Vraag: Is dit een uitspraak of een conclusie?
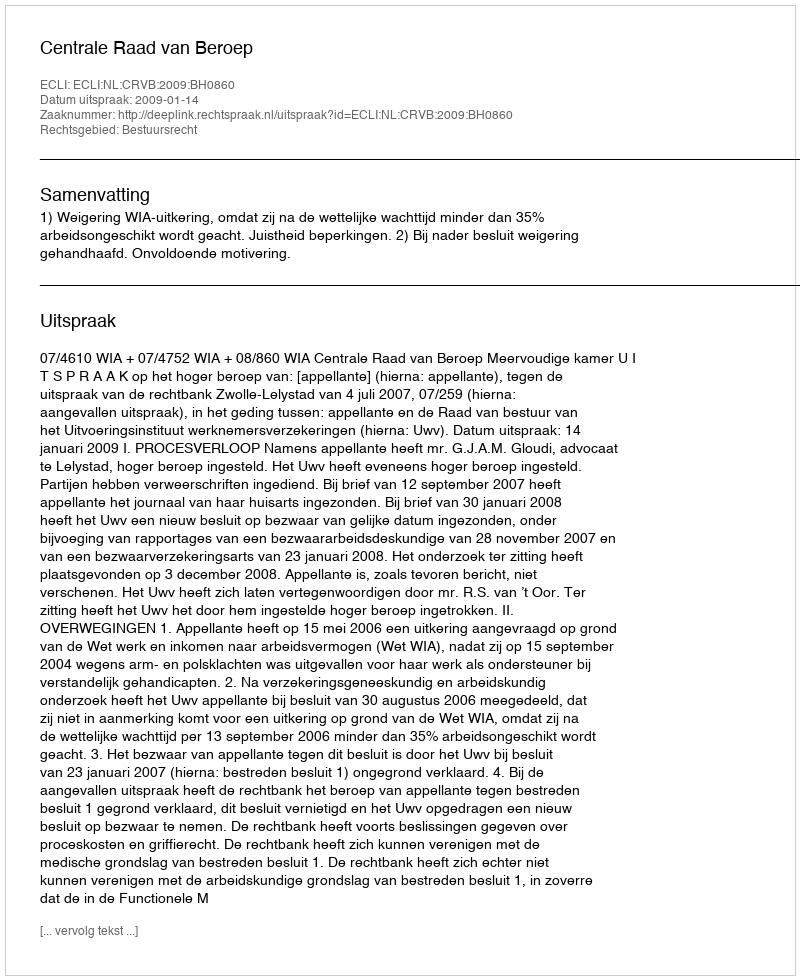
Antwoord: Uitspraak